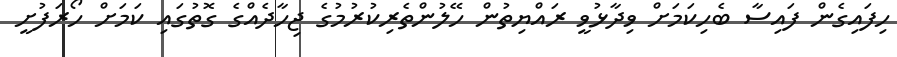
ހިފައިގެން ފައިސާ ބެހިކަމަށް ވިދާޅުވީ ރައްޔިތުން ހޭލުންތެރިކުރުމުގެ ޖިހާދެއްގެ ގޮތުގައި ކަމަށް ހޯރަފުށީ